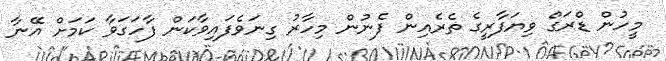
މީހުން ޑްރަގް ވިޔަފާރީގެ ތެރެއިން ފެނުން މިހާރު ގިނަވެފައިވާކަން ފާހަގަވާ ކަމަށް އޭނާ